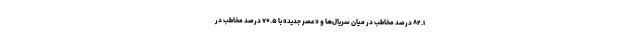
۸۲.۱ درصد مخاطب در میان سریال‌ها و «عصر جدید» با ۷۰.۵ درصد مخاطب در